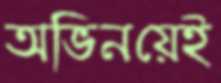
অভিনয়েই